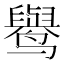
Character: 𱊭